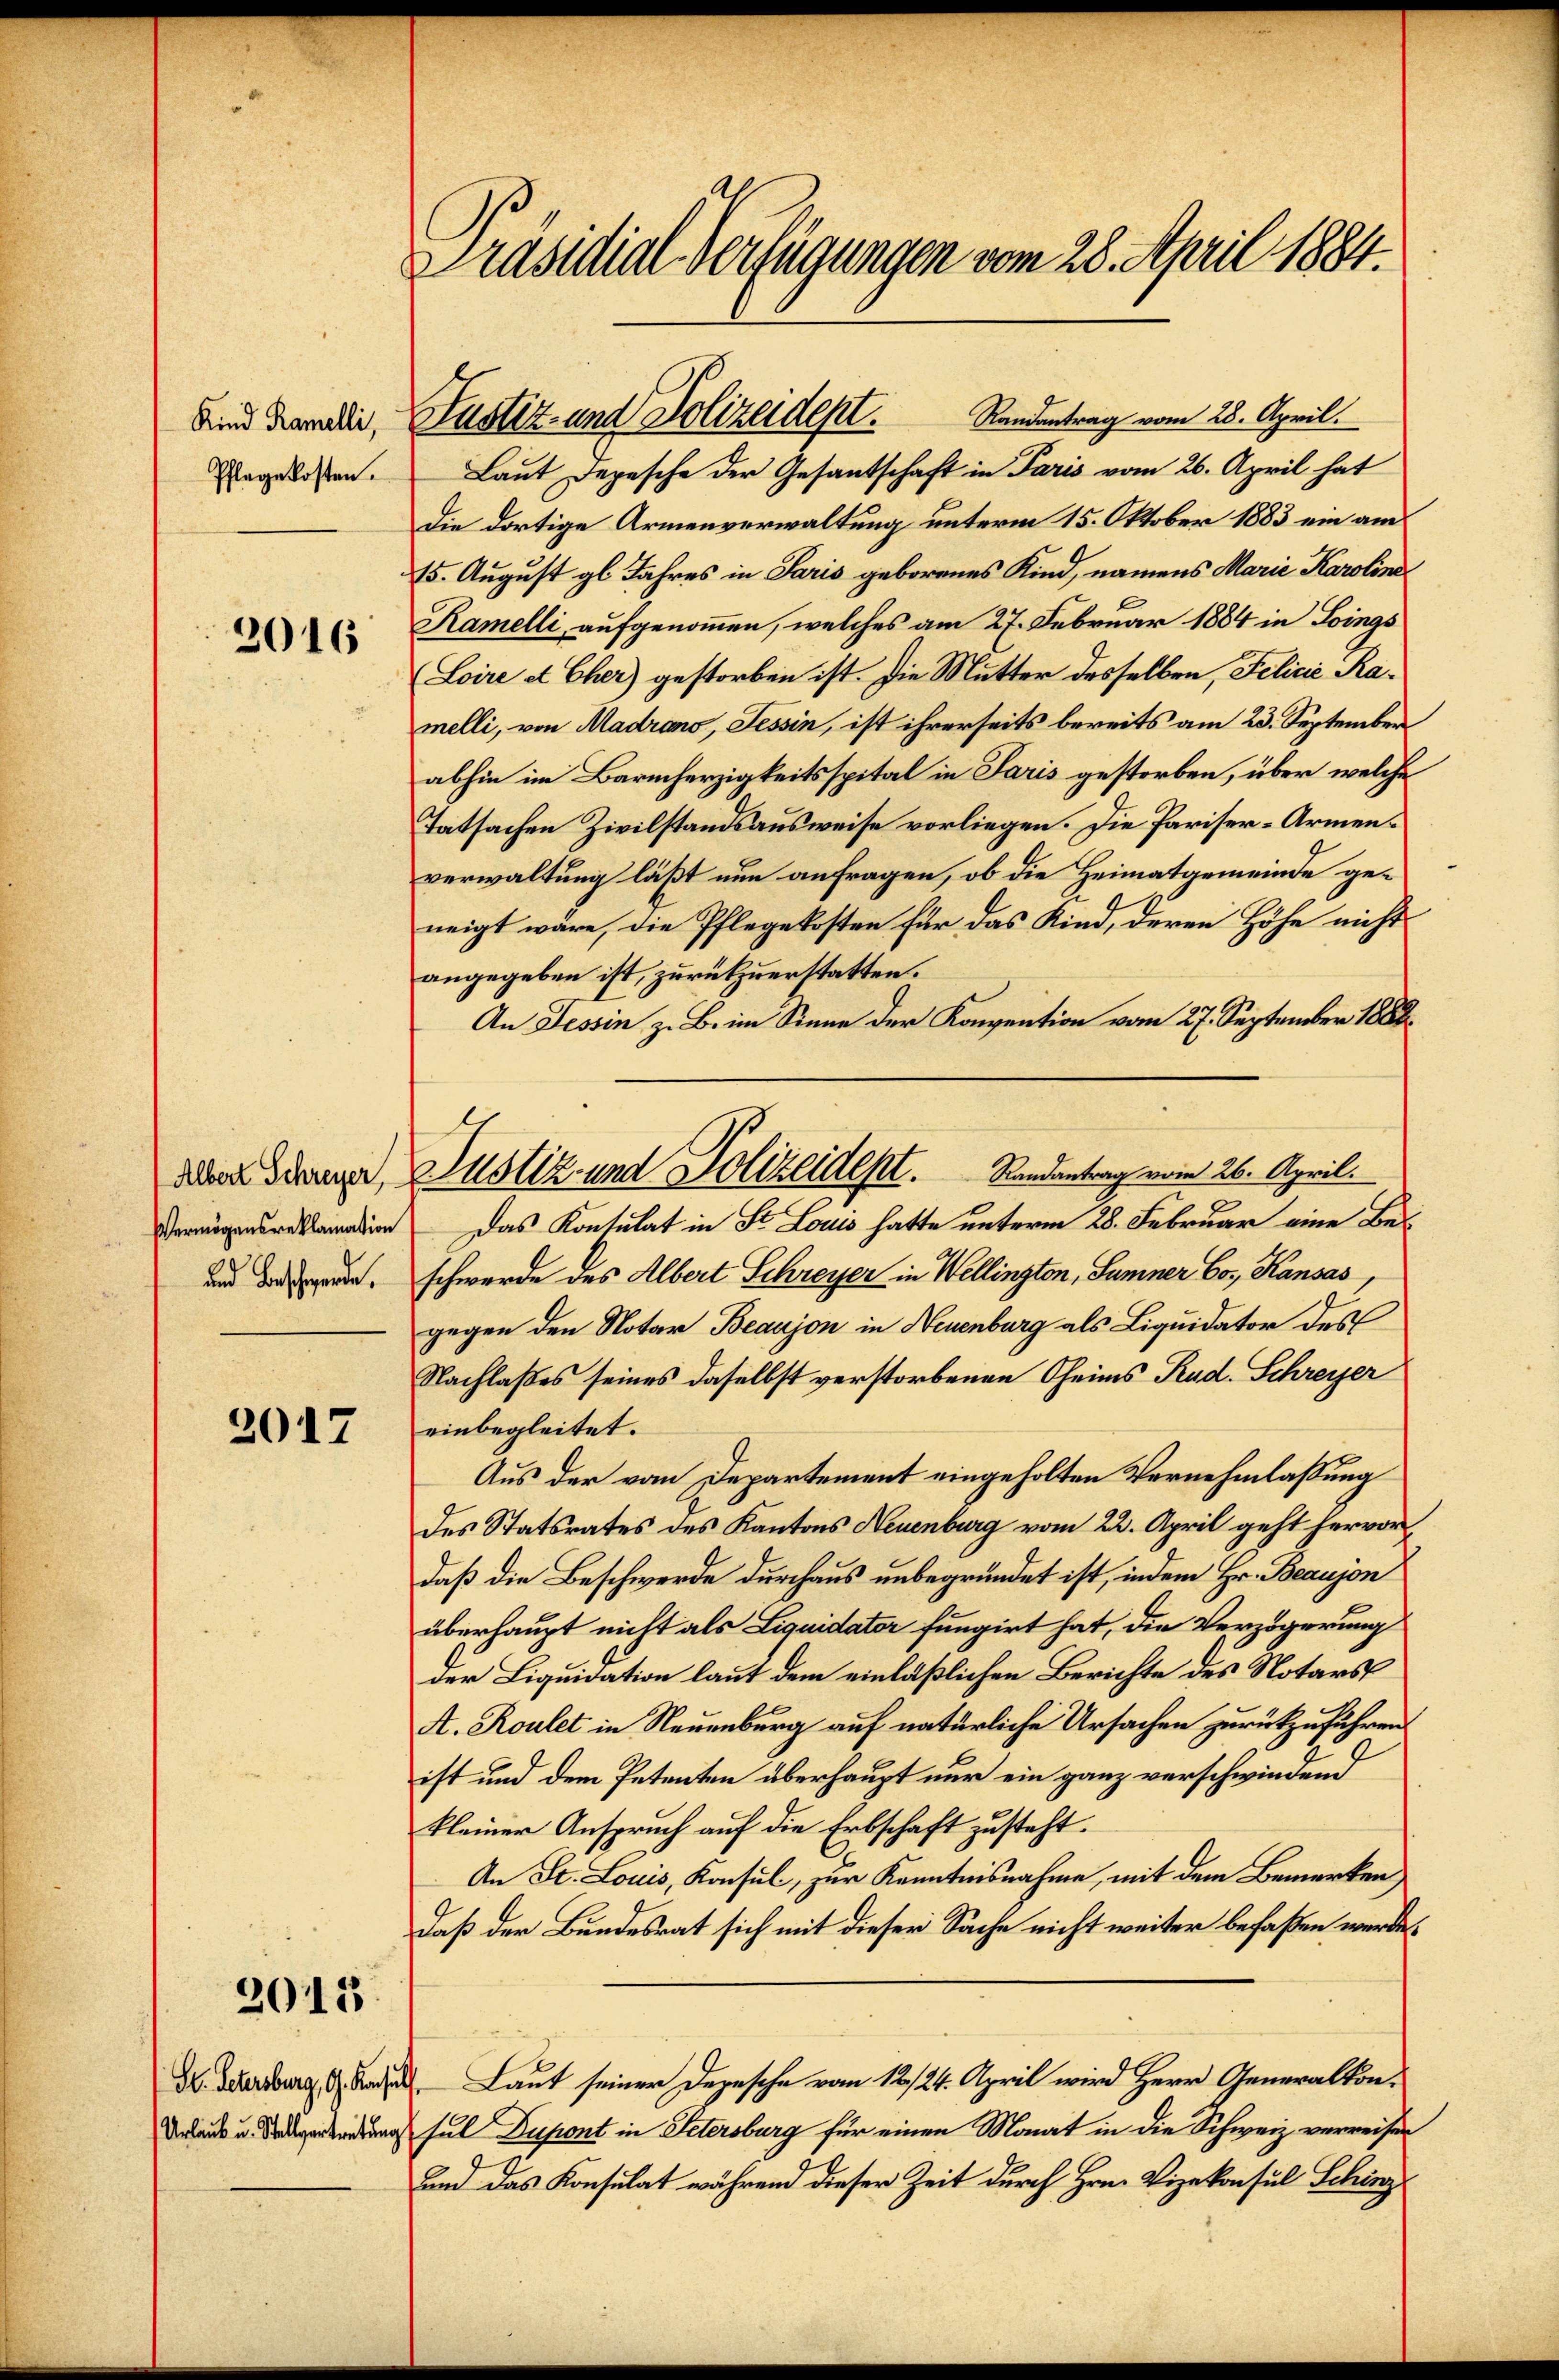
Kind Ramelli,
Pflegekosten.

2016

Vermögensreklamation

2017

2013

Urlaub u. Stellvertretung

Präsidial-Verfügungen vom 28. April 1884.

Laut Depesche der Gesantschaft in Paris vom 26. April hat
Die dortige Armenverwaltung unterm 15. Oktober 1883 ein am
15. August gl. Jahres in Paris geborenes Kind, namens Marie Karoline
Ramelli aufgenommen, welches am 27. Februar 1884 in Sings
(Loire et Cher) gestorben ist. Die Mutter desselben, Felicić Ramelli, von Madrano, Tessin, ist ihrerseits bereits am 23. September
abhin im Barmherzigkeitsspital in Paris gestorben, über welche
Tatsachen Zivilstandsausweise vorliegen. Die Pariser-Armenverwaltung läßt nun anfragen, ob die Heimatgemeinde geneigt wäre, die Pflegekosten für das Kind, deren Höhe nicht
angegeben ist, zurückzuerstatten.
An Tessin z. B. im Sinne der Konvention vom 27. September 1882
Das Kontulat in St. Louis hatte unterm 28. Februar eine Be¬
und diesende, schwerde des Albert Schreyer in Wellington, Samner Cos, Kansas,
gegen den Notar Beaujon in Neuenburg als Liquidator des
Nachlaßes seines daselbst verstorbenen Theims Rud. Schreyer
einbegleitet.
Aus der vom Departement eingeholten Vernehmlassung
des Statsrates des Kantons Neuenburg vom 22. April geht hervor,
daß die Beschwerde durchaus unbegründet ist, indem Hr. Beaujon
überhaupt nicht als Liquidater fungirt hat, die Verzögerung
der Liquidation laut dem einläßlichen Berichte des Notars
A. Roulet in Neuenburg auf natürliche Ursachen zurückzuführen.
ist und dem Petenten überhaupt nur ein ganz verschwindend
kleiner Anspruch auf die Erbschaft zusteht.
An St. Louis, Konsul, zur Kenntnisnahme, mit dem Bemerken
Daß der Bundesrat sich mit dieser Sache nicht weiter befaßen werde.
de Bersburg i. B. Laut seiner Depesche vom 12/24. April wird Herr Generalkonsul Dupont in Petersburg für einen Monat in die Schweiz verreisen
Und das Konsulat während dieser Zeit durch Hrn. Vizekonsul Schinz

Justiz- und Polizeidept. Randentrag vom 28. April.

aber dranger Justiz- und Polizeident.         Randantrag vom 26. April.